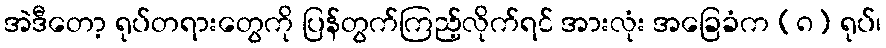
အဲဒီတော့ ရုပ်တရားတွေကို ပြန်တွက်ကြည့်လိုက်ရင် အားလုံး အခြေခံက (၈) ရုပ်၊